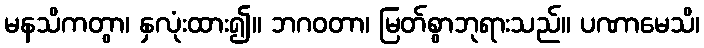
မနသိကတွာ၊ နှလုံးထား၍။ ဘဂဝတာ၊ မြတ်စွာဘုရားသည်။ ပဏာမေသိ၊